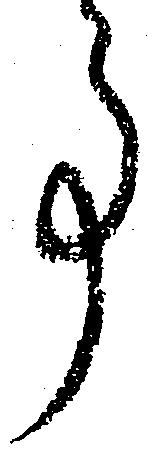
事